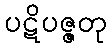
ပဋိပဇ္ဇတု